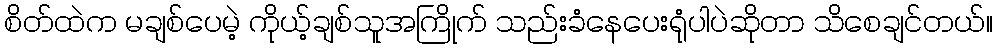
စိတ်ထဲက မချစ်ပေမဲ့ ကိုယ့်ချစ်သူအကြိုက် သည်းခံနေပေးရုံပါပဲဆိုတာ သိစေချင်တယ်။